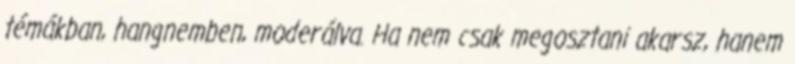
témákban, hangnemben, moderálva. Ha nem csak megosztani akarsz, hanem